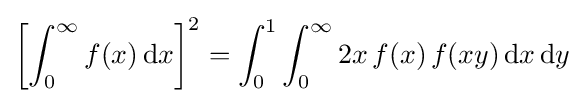
\left[\int _{0}^{\infty }f(x)\,\mathrm {d} x\right]^{2}=\int _{0}^{1}\int _{0}^{\infty }2x\,f(x)\,f(xy)\,\mathrm {d} x\,\mathrm {d} y